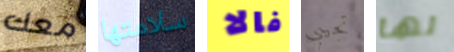
معك سلامتها فالا تجيبي لها